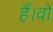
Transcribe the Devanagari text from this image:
हैं।वो